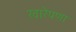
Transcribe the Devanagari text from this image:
खारेपणा